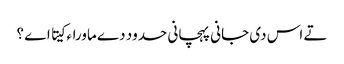
تے اس د‏ی جانی پہچانی حدود دے ماوراء کیتا اے ؟